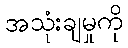
အသုံးချမှုကို